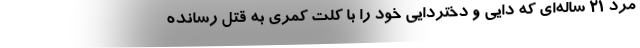
مرد ۲۱ ساله‌ای که دایی و دختردایی خود را با کلت کمری به قتل رسانده